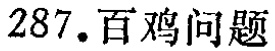
287. 百鸡问题